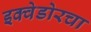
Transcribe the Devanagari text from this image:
इक्वेडोरचा